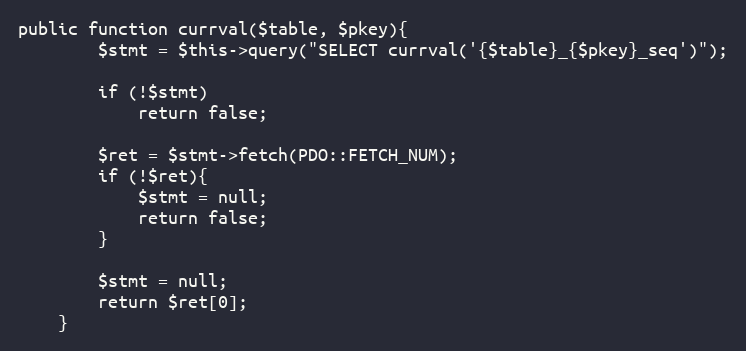
Language: PHP
public function currval($table, $pkey){
        $stmt = $this->query("SELECT currval('{$table}_{$pkey}_seq')");

        if (!$stmt)
            return false;

        $ret = $stmt->fetch(PDO::FETCH_NUM);
        if (!$ret){
            $stmt = null;
            return false;
        }

        $stmt = null;
        return $ret[0];
    }